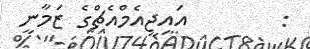
:        އައިޖީއެމްއެޗްގެ ޒަމާނީ